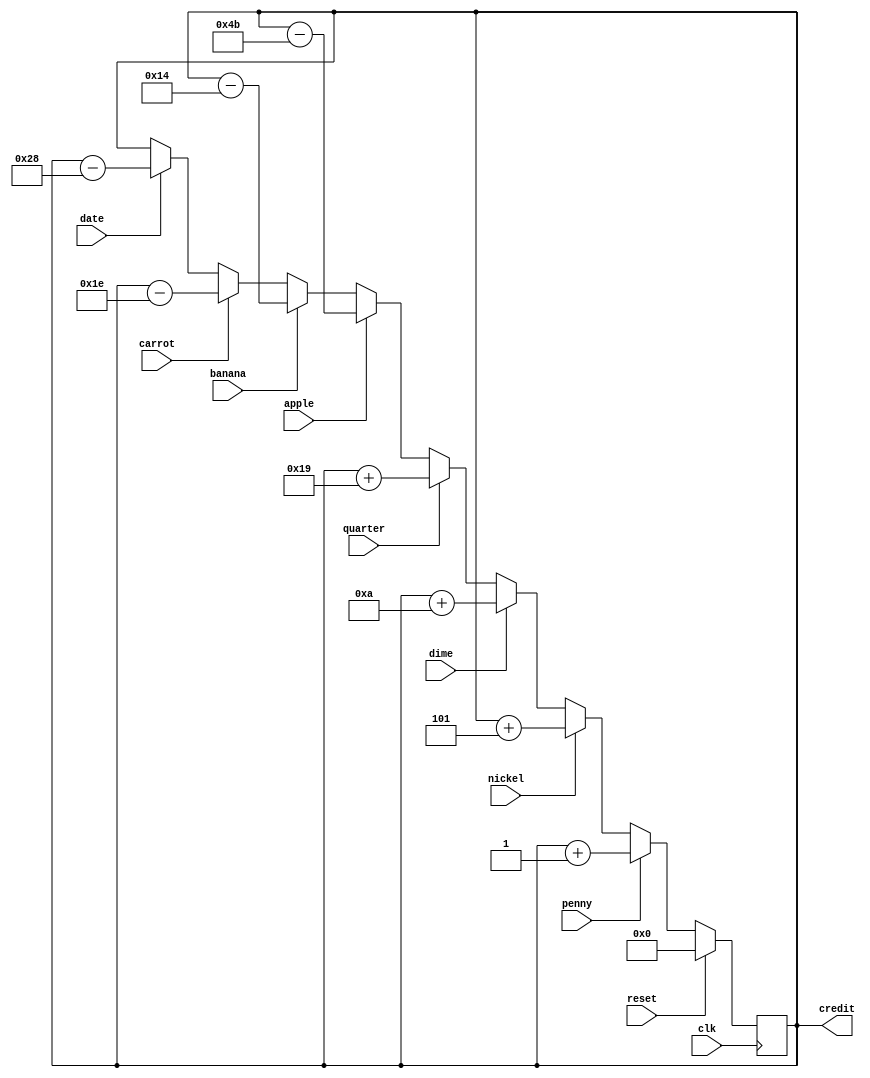
// Justin Liang
// ECE 154A
// Homework 4

module piggyBank(clk, reset, penny, nickel, dime, quarter, apple, banana, carrot, date, credit);
	input clk, reset, penny, nickel, dime, quarter;
	input apple, banana, carrot, date;
	output [7:0] credit;

	reg [7:0] credit = 8'b00000000;
	
	always @ (posedge clk) begin
		if(reset) begin
			credit <= 8'b00000000;
		end

		else if(penny) begin
			credit <= credit + 8'b00000001; //Add 1 to register
		end

		else if(nickel) begin
			credit <= credit + 8'b00000101; //Add 5 to register
		end

		else if(dime) begin
			credit <= credit + 8'b00001010; //Add 10 to register
		end

		else if(quarter) begin
			credit <= credit + 8'b00011001; //Add 25 to register
		end

		else if(apple) begin
			credit <= credit - 8'b01001011; //Subtract 75 from register
		end

		else if(banana) begin
			credit <= credit - 8'b00010100; //Subtract 20 from register, 
		end

		else if(carrot) begin
			credit <= credit - 8'b00011110; //Subtract 30 from register
		end

		else if(date) begin
			credit <= credit - 8'b00101000; //Subtract 40 from register
		end
	end
endmodule